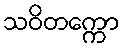
သဝိတက္ကော